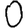
Digit: 0